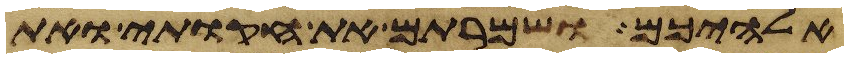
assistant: אלהיכם ושמרתם את חקותי ואת